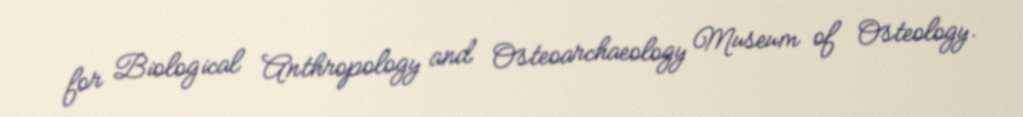
for Biological Anthropology and Osteoarchaeology Museum of Osteology.